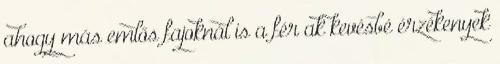
ahogy más emlős fajoknál is a férﬁak kevésbé érzékenyek